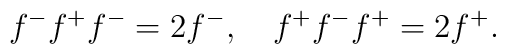
f^-f^+f^-=2f^-,\quad f^+f^-f^+=2f^+.